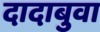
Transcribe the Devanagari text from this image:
दादाबुवा